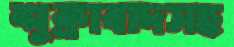
শুক্রাবাদসহ